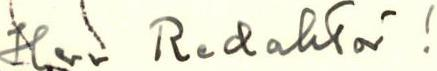
Herr Redaktör!